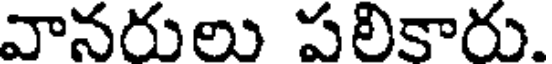
వానరులు పలికారు.